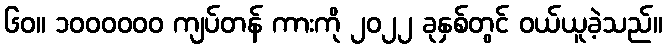
၆၀။ ၁၀၀၀၀၀၀ ကျပ်တန် ကားကို ၂၀၂၂ ခုနှစ်တွင် ဝယ်ယူခဲ့သည်။